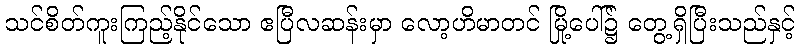
သင်စိတ်ကူးကြည့်နိုင်သော ဧပြီလဆန်းမှာ လော့ဟိမာတင် မြို့ပေါ်၌ တွေ့ရှိပြီးသည်နှင့်